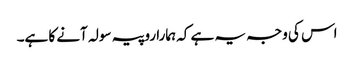
اس کی وجہ یہ ہے کہ ہمارا روپیہ سولہ آنے کا ہے۔